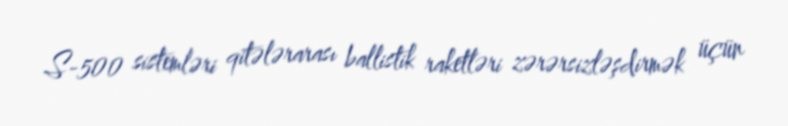
S-500 sistemləri qitələrarası ballistik raketləri zərərsizləşdirmək üçün